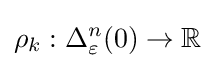
\rho _{k}:\Delta _{\varepsilon }^{n}(0)\to \mathbb {R}